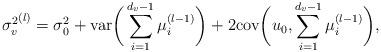
LaTeX: \begin{align*}{\sigma^{2}_{v}}^{(l)}=\sigma^{2}_{0}+\mathrm{var}\bigg(\sum_{i=1}^{d_{v}-1}\mu_{i}^{(l-1)}\bigg)+2\mathrm{cov}\bigg(u_{0},\sum_{i=1}^{d_{v}-1}\mu_{i}^{(l-1)}\bigg),\end{align*}